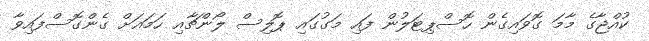
ކުއްޖާގެ މާމަ ގޮވައިގެން ހޮސްޕިޓަލުން ފައި މަގުގައި ޕޮލިސް ލޯންޗާއި ހަމައަށް ގެންގޮސްފައިވާ